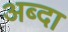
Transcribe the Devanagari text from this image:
अब्दा